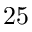
2 5